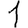
Digit: 1